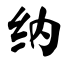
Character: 纳